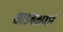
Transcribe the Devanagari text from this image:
आडवळणाने